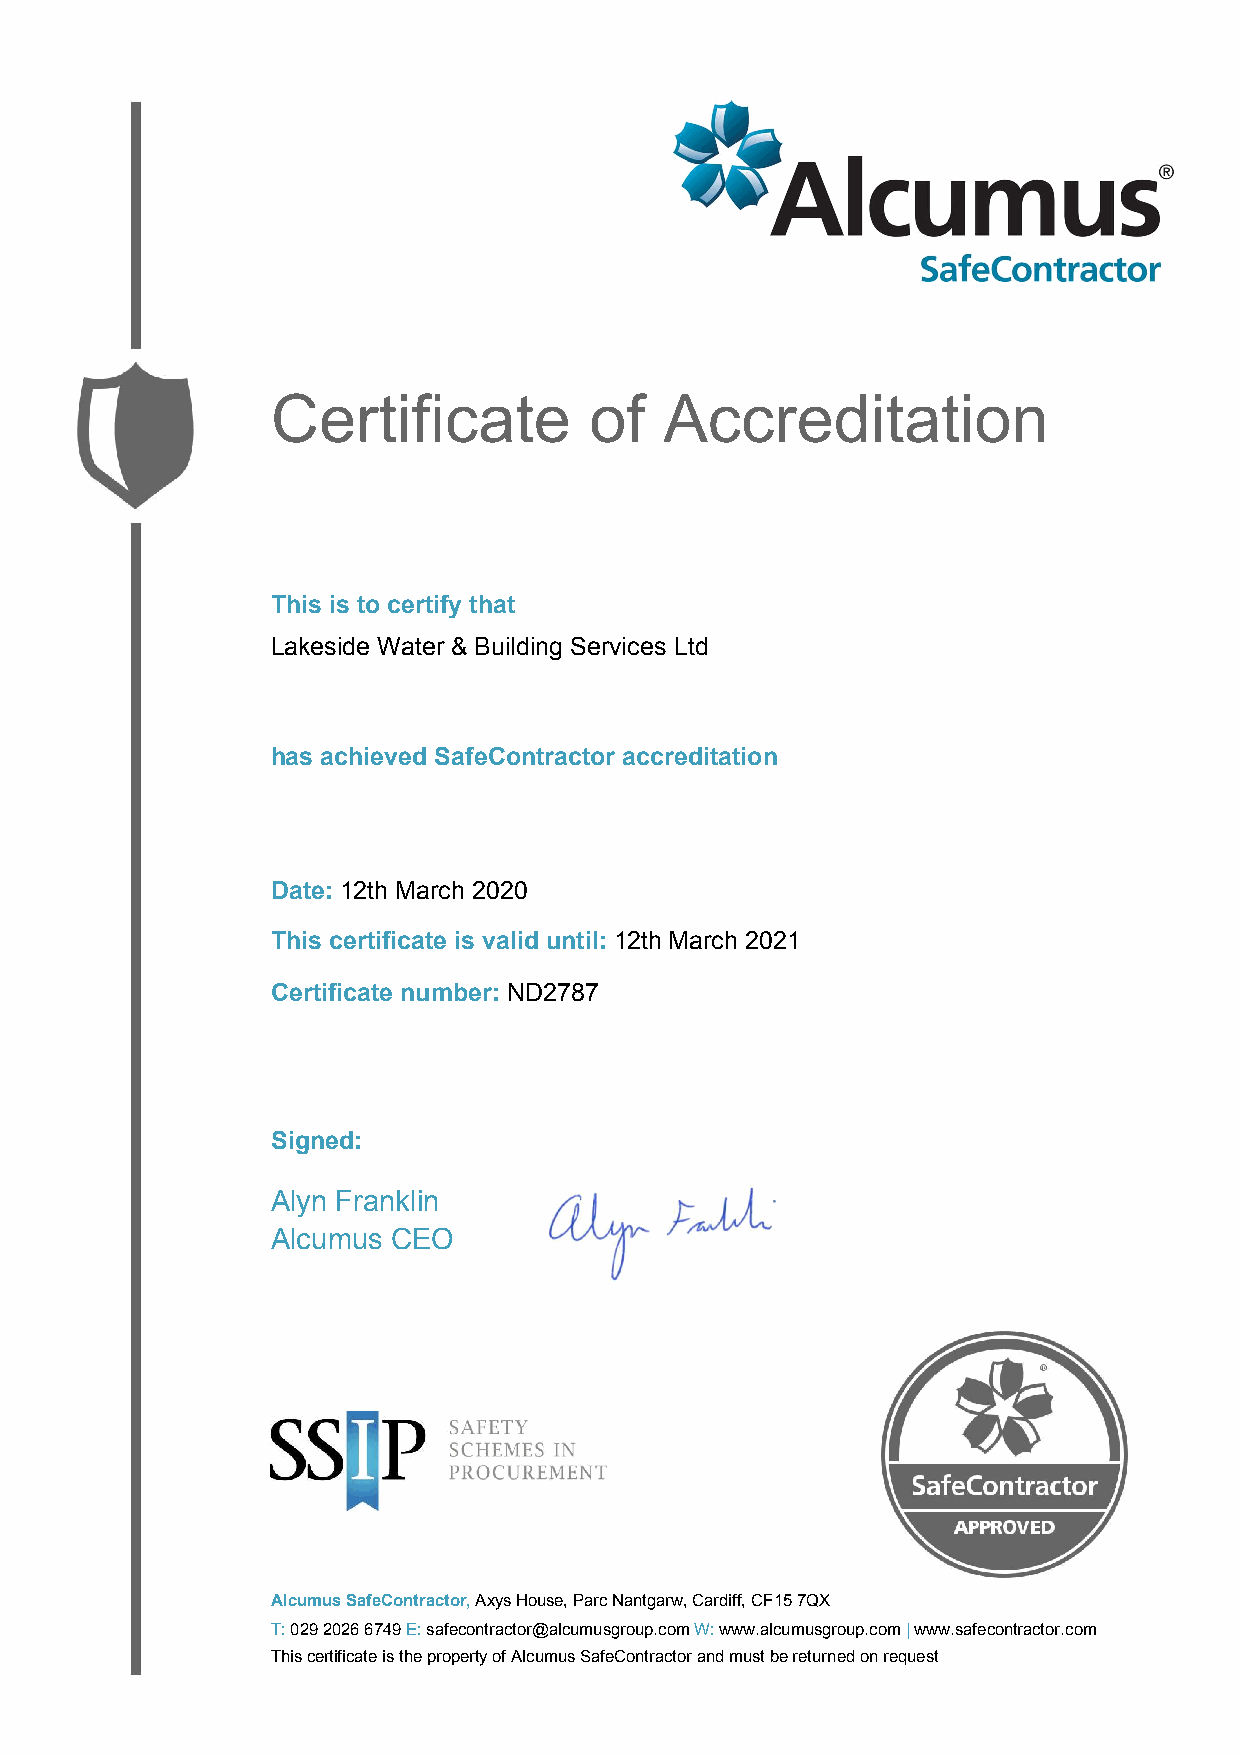
Certificate          of   Accreditation
 This is to certify that
 Lakeside Water & Building Services Ltd
 has achieved SafeContractor accreditation
 Date: 12th March 2020
 This certificate is valid until: 12th March 2021
 Certificate number: ND2787
 Signed:
 Alyn Franklin
 Alcumus CEO
 Alcumus SafeContractor, Axys House, Parc Nantgarw, Cardiff, CF15 7QX
 T: 029 2026 6749 E: safecontractor@alcumusgroup.com W: www.alcumusgroup.com | www.safecontractor.com
 This certificate is the property of Alcumus SafeContractor and must be returned on request